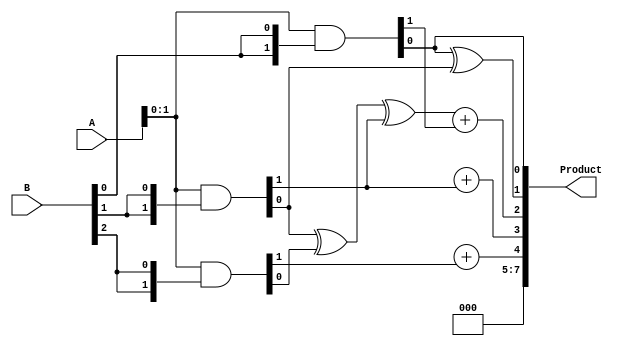
module wallace_tree_multiplier #(parameter N = 4) (
    input [N-1:0] A,
    input [N-1:0] B,
    output reg [2*N-1:0] Product
);

// Partial Product Generation
wire [N-1:0] pp[N-1:0]; // Partial products
genvar i;

generate
    for (i = 0; i < N; i = i + 1) begin : pp_gen
        assign pp[i] = A & {N{B[i]}}; // AND each bit of B with A
    end
endgenerate

// Half Adder
function [1:0] half_adder;
    input a;
    input b;
    begin
        half_adder = {a & b, a ^ b};
    end
endfunction

// Full Adder
function [1:0] full_adder;
    input a;
    input b;
    input cin;
    begin
        full_adder = {(a & b) | (cin & (a ^ b)), a ^ b ^ cin};
    end
endfunction

// Wallace Tree Reduction
wire [N*(N+1)-1:0] sums; // Intermediate sums
wire [N*(N+1)-1:0] carries; // Intermediate carries

// First stage reduction using half/full adders
integer j;
always @* begin
    // Initialize to zero
    Product = 0;

    // Adding first two levels of partial products
    for (j = 0; j < N; j = j + 1) begin
        {carries[j], sums[j]} = pp[j]; // Initial assignment
    end

    // Combine stages using half and full adders
    for (j = 0; j < N-1; j = j + 1) begin
        // If we have an even row then we use half adders
        if (j % 2 == 0 && j < N-2) begin
            {carries[N + j], sums[N + j]} = half_adder(sums[j], sums[j+1]);
        end
        // If we have an odd row we combine with a full adder
        else if (j < N-2) begin
            {carries[N + j], sums[N + j]} = full_adder(sums[j], sums[j+1], carries[j]);
        end
    end

    // Final stage
    Product[0] = sums[0];
    for (j = 0; j < N; j = j + 1) begin
        Product[j + 1] = sums[N + j];
    end

    // Add remaining carries
    for (j = 0; j < N-1; j = j + 1) begin
        Product[j + 2] = Product[j + 2] + carries[j]; // Simple ripple-style addition
    end
end

endmodule